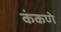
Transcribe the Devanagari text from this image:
कंकणे